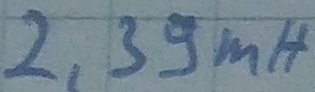
Text: 2,39mH